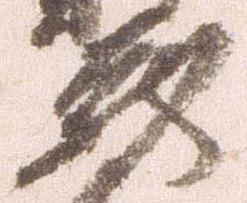
蔵